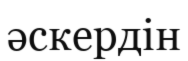
әскердін